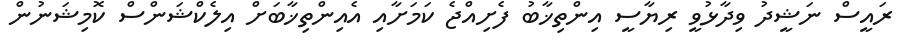
ރައީސް ނަޝީދު ވިދާޅުވީ ރިޔާސީ އިންތިޚާބު ފެށިއްޖެ ކަމަށާއި އެއިންތިޚާބަށް އިލެކްޝަންސް ކޮމިޝަނުން